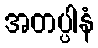
အတပ္ပါနံ